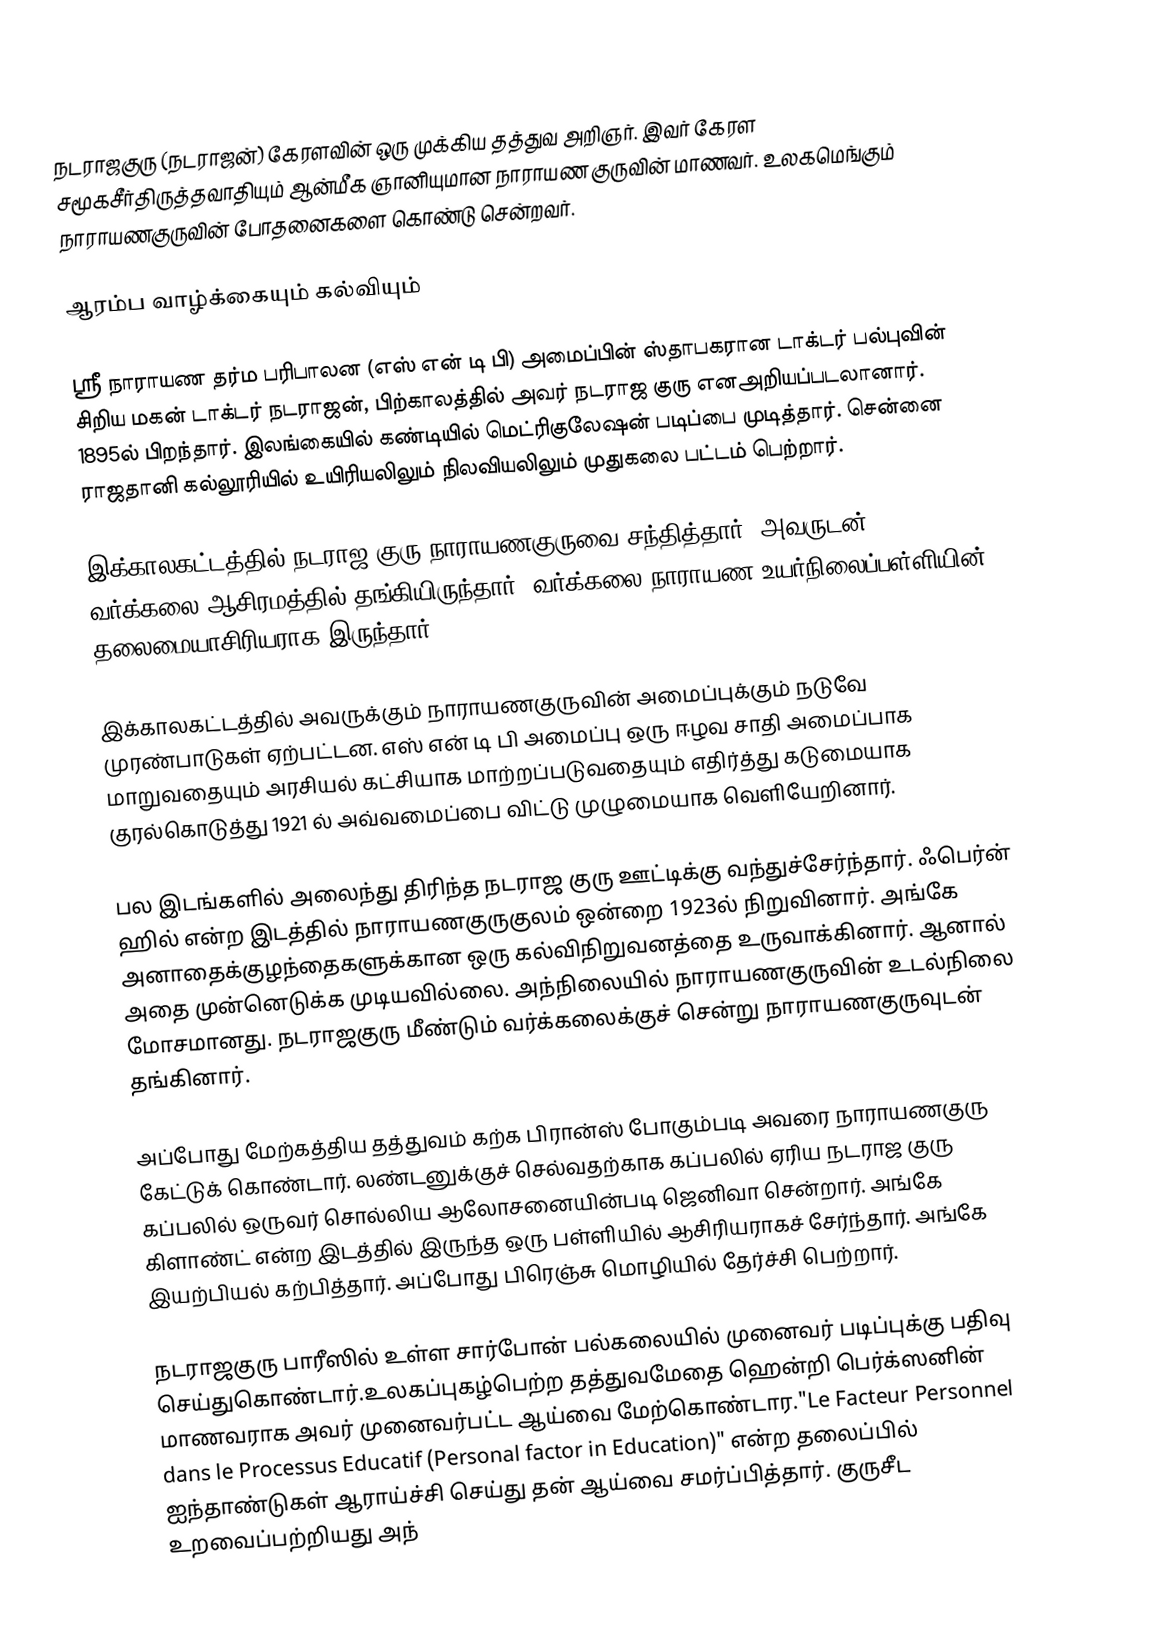
நடராஜகுரு (நடராஜன்) கேரளவின் ஒரு முக்கிய தத்துவ அறிஞர்.  இவர் கேரள சமூகசீர்திருத்தவாதியும் ஆன்மீக ஞானியுமான நாராயண குருவின் மாணவர். உலகமெங்கும் நாராயணகுருவின் போதனைகளை கொண்டு சென்றவர்.

ஆரம்ப வாழ்க்கையும் கல்வியும்

ஸ்ரீ நாராயண தர்ம பரிபாலன  (எஸ் என் டி பி) அமைப்பின் ஸ்தாபகரான டாக்டர் பல்புவின் சிறிய மகன் டாக்டர் நடராஜன், பிற்காலத்தில் அவர் நடராஜ குரு எனஅறியப்படலானார். 1895ல் பிறந்தார்.    இலங்கையில் கண்டியில் மெட்ரிகுலேஷன் படிப்பை முடித்தார். சென்னை ராஜதானி கல்லூரியில் உயிரியலிலும் நிலவியலிலும் முதுகலை பட்டம் பெற்றார்.

இக்காலகட்டத்தில் நடராஜ குரு நாராயணகுருவை சந்தித்தார். அவருடன் வர்க்கலை ஆசிரமத்தில் தங்கியிருந்தார். வர்க்கலை நாராயண உயர்நிலைப்பள்ளியின் தலைமையாசிரியராக இருந்தார்.

இக்காலகட்டத்தில் அவருக்கும் நாராயணகுருவின் அமைப்புக்கும் நடுவே முரண்பாடுகள் ஏற்பட்டன.  எஸ் என் டி பி அமைப்பு ஒரு ஈழவ சாதி அமைப்பாக மாறுவதையும் அரசியல் கட்சியாக மாற்றப்படுவதையும் எதிர்த்து கடுமையாக குரல்கொடுத்து 1921 ல் அவ்வமைப்பை விட்டு முழுமையாக வெளியேறினார்.

பல இடங்களில் அலைந்து திரிந்த நடராஜ குரு ஊட்டிக்கு வந்துச்சேர்ந்தார். ஃபெர்ன் ஹில் என்ற இடத்தில் நாராயணகுருகுலம் ஒன்றை 1923ல் நிறுவினார். அங்கே அனாதைக்குழந்தைகளுக்கான ஒரு கல்விநிறுவனத்தை உருவாக்கினார். ஆனால் அதை முன்னெடுக்க முடியவில்லை. அந்நிலையில் நாராயணகுருவின் உடல்நிலை மோசமானது. நடராஜகுரு மீண்டும் வர்க்கலைக்குச் சென்று நாராயணகுருவுடன் தங்கினார்.

அப்போது மேற்கத்திய தத்துவம் கற்க பிரான்ஸ் போகும்படி அவரை நாராயணகுரு கேட்டுக் கொண்டார். லண்டனுக்குச் செல்வதற்காக கப்பலில் ஏரிய நடராஜ குரு கப்பலில் ஒருவர் சொல்லிய ஆலோசனையின்படி ஜெனிவா சென்றார். அங்கே கிளாண்ட் என்ற இடத்தில் இருந்த ஒரு பள்ளியில் ஆசிரியராகச் சேர்ந்தார். அங்கே இயற்பியல் கற்பித்தார். அப்போது பிரெஞ்சு மொழியில் தேர்ச்சி பெற்றார்.

நடராஜகுரு பாரீஸில் உள்ள சார்போன் பல்கலையில் முனைவர் படிப்புக்கு பதிவு செய்துகொண்டார்.உலகப்புகழ்பெற்ற தத்துவமேதை ஹென்றி பெர்க்ஸனின் மாணவராக அவர் முனைவர்பட்ட ஆய்வை மேற்கொண்டார."Le Facteur Personnel dans le Processus Educatif (Personal factor in Education)" என்ற தலைப்பில் ஐந்தாண்டுகள் ஆராய்ச்சி செய்து தன் ஆய்வை சமர்ப்பித்தார். குருசீட உறவைப்பற்றியது அந்